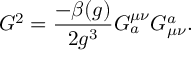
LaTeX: G ^ { 2 } = { \frac { - \beta ( g ) } { 2 g ^ { 3 } } } G _ { a } ^ { { \mu } { \nu } } G _ { { \mu } { \nu } } ^ { a } .